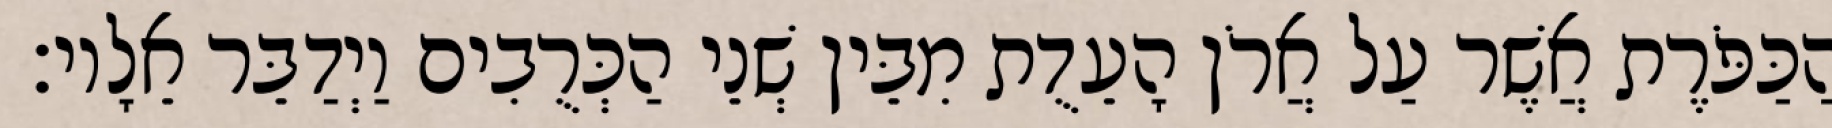
הַכַּפֹּרֶת אֲשֶׁר עַל אֲרֹן הָעֵדֻת מִבֵּין שְׁנֵי הַכְּרֻבִים וַיְדַבֵּר אֵלָיו׃